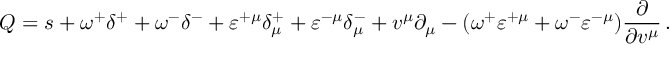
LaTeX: Q = s + \omega ^ { + } \delta ^ { + } + \omega ^ { - } \delta ^ { - } + \varepsilon ^ { + \mu } \delta _ { \mu } ^ { + } + \varepsilon ^ { - \mu } \delta _ { \mu } ^ { - } + v ^ { \mu } \partial _ { \mu } - ( \omega ^ { + } \varepsilon ^ { + \mu } + \omega ^ { - } \varepsilon ^ { - \mu } ) \frac \partial { \partial v ^ { \mu } } \, .